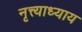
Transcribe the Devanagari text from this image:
नृत्त्याध्याय